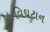
વિઘટાન